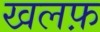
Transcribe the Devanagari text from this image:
खलफ़